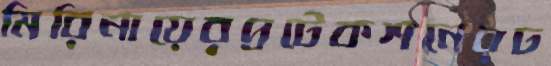
মিরিনায়েরপ্রটেকশনেরঢ